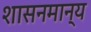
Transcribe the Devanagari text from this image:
शासनमान्‍य